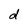
Character: d